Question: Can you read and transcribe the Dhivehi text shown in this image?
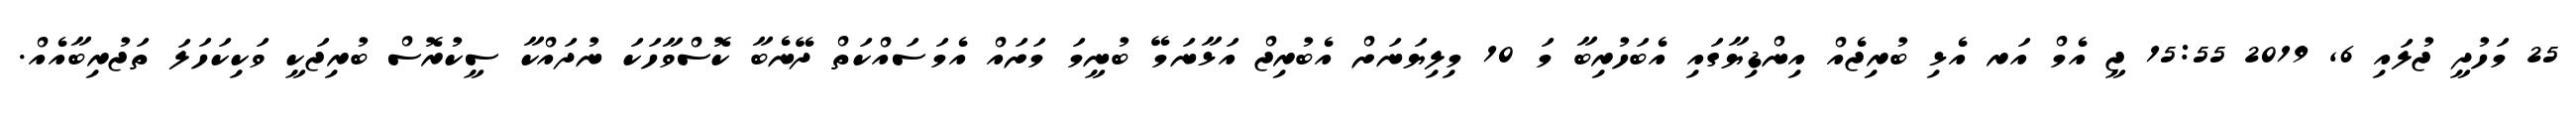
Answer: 25 މަހުދީ ޖުލައި 6, 2019 15:55 ޖީ އެމް އަރ އެޅި ބުރިޖެއް އިންޑިޔާގައި އެބަހުރިބާ މަ 10 މިލިޔަނަށް އެބުރިޖް އަޅާނަމޭ ބުނީމަ މަށައް އެމަސައްކަތް ދޭނެބާ ކޮސްވާހަކަ ނުދައްކާ ސީކުރޮސް ބުރިޖަކީ ވަކިކަހަލަ ތަޖުރިބާއެއް.